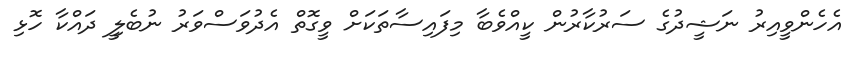
އެހެންވީއިރު ނަޝީދުގެ ސަރުކާރުން ކީއްވެބާ މިފައިސާތަކަށް ވީގޮތް އެދުވަސްވަރު ނުބެލިީ ދައްކާ ހޮޅި